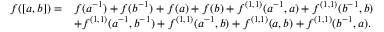
\begin{array} { r l } { f ( [ a , b ] ) = } & { f ( a ^ { - 1 } ) + f ( b ^ { - 1 } ) + f ( a ) + f ( b ) + f ^ { ( 1 , 1 ) } ( a ^ { - 1 } , a ) + f ^ { ( 1 , 1 ) } ( b ^ { - 1 } , b ) } \\ & { + f ^ { ( 1 , 1 ) } ( a ^ { - 1 } , b ^ { - 1 } ) + f ^ { ( 1 , 1 ) } ( a ^ { - 1 } , b ) + f ^ { ( 1 , 1 ) } ( a , b ) + f ^ { ( 1 , 1 ) } ( b ^ { - 1 } , a ) . } \end{array}